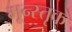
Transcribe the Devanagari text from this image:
मून्स्तृक्